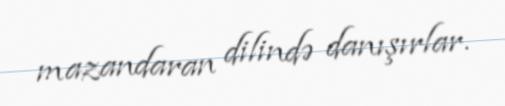
mazandaran dilində danışırlar.